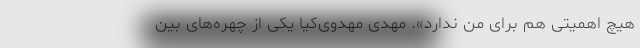
هیچ اهمیتی هم برای من ندارد». مهدی مهدوی‌کیا یکی از چهره‌های بین‌